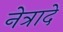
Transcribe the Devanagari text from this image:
नेत्रादे